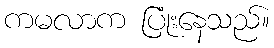
ကမလာက ပြုံးနေသည်။